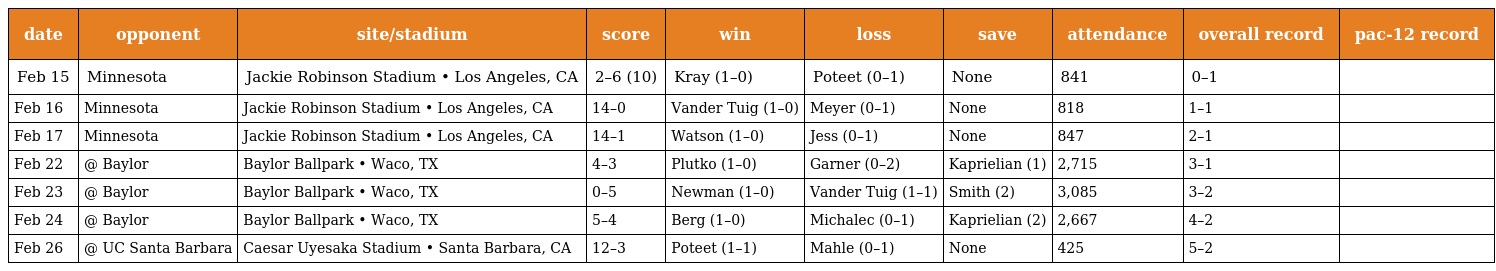
| date | opponent | site/stadium | score | win | loss | save | attendance | overall record | pac-12 record |
 | --- | --- | --- | --- | --- | --- | --- | --- | --- | --- |
 | Feb 15 | Minnesota | Jackie Robinson Stadium • Los Angeles, CA | 2–6 (10) | Kray (1–0) | Poteet (0–1) | None | 841 | 0–1 |  |
 | Feb 16 | Minnesota | Jackie Robinson Stadium • Los Angeles, CA | 14–0 | Vander Tuig (1–0) | Meyer (0–1) | None | 818 | 1–1 |  |
 | Feb 17 | Minnesota | Jackie Robinson Stadium • Los Angeles, CA | 14–1 | Watson (1–0) | Jess (0–1) | None | 847 | 2–1 |  |
 | Feb 22 | @ Baylor | Baylor Ballpark • Waco, TX | 4–3 | Plutko (1–0) | Garner (0–2) | Kaprielian (1) | 2,715 | 3–1 |  |
 | Feb 23 | @ Baylor | Baylor Ballpark • Waco, TX | 0–5 | Newman (1–0) | Vander Tuig (1–1) | Smith (2) | 3,085 | 3–2 |  |
 | Feb 24 | @ Baylor | Baylor Ballpark • Waco, TX | 5–4 | Berg (1–0) | Michalec (0–1) | Kaprielian (2) | 2,667 | 4–2 |  |
 | Feb 26 | @ UC Santa Barbara | Caesar Uyesaka Stadium • Santa Barbara, CA | 12–3 | Poteet (1–1) | Mahle (0–1) | None | 425 | 5–2 |  |